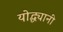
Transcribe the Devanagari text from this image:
योद्ध्यानी